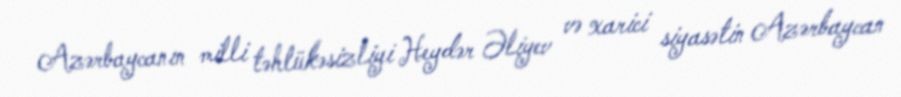
Azərbaycanın milli təhlükəsizliyi Heydər Əliyev və xarici siyasətin Azərbaycan